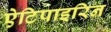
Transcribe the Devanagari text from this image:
ऐटिपाइरिन